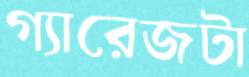
গ্যারেজটা